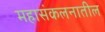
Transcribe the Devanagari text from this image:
महासंकलनातील